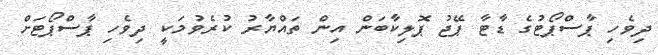
ދިވެހި ޕާސްޕޯޓުގެ ޑާޓާ ޕޭޖު ޕޮލިކާބަން އިން ތައްޔާރު ކުރެވުމަކީ ދިވެހި ޕާސްޕޯޓަށް